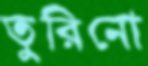
তুরিনো